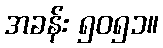
အခန်း ၅၀၅၁။